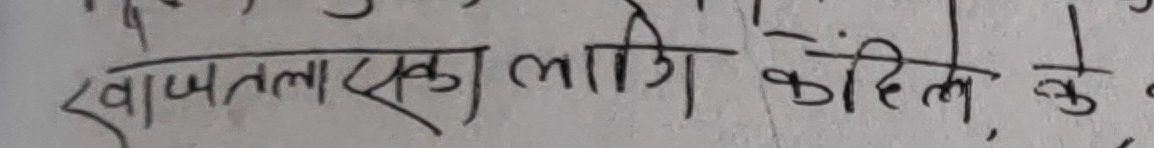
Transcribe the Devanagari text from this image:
खप्तलाएका लागि कहिले के